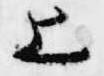
上